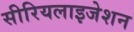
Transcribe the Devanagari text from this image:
सीरियलाइजेशन